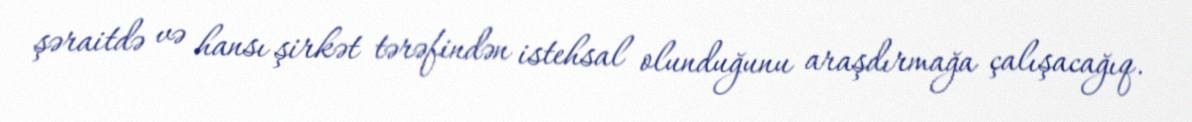
şəraitdə və hansı şirkət tərəfindən istehsal olunduğunu araşdırmağa çalışacağıq.